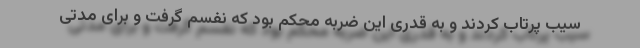
سیب پرتاب کردند و به قدری این ضربه محکم بود که نفسم گرفت و برای مدتی